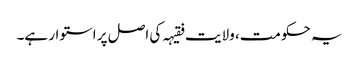
یہ حکومت، ولایت فقیہہ کی اصل پر استوار ہے۔